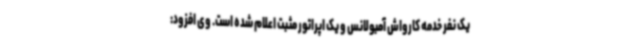
یک نفر خدمه کارواش آمبولانس و یک اپراتور مثبت اعلام شده است. وی افزود: